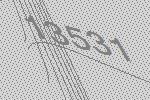
13531